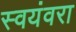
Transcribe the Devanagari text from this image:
स्वयंवरा